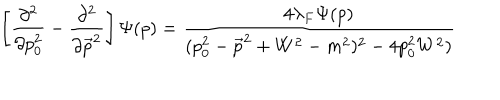
\left[ \frac { \partial ^ { 2 } } { \partial p _ { 0 } ^ { 2 } } - \frac { \partial ^ { 2 } } { \partial \vec { p } ^ { 2 } } \right] \Psi ( p ) = \frac { 4 \lambda _ { F } \Psi ( p ) } { ( p _ { 0 } ^ { 2 } - \vec { p } ^ { 2 } + W ^ { 2 } - m ^ { 2 } ) ^ { 2 } - 4 p _ { 0 } ^ { 2 } W ^ { 2 } ) }